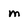
Character: m